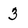
Character: 3